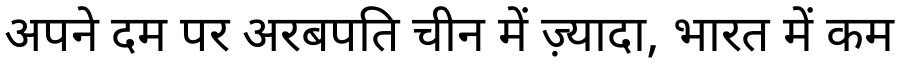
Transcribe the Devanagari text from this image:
अपने दम पर अरबपति चीन में ज़्यादा, भारत में कम